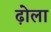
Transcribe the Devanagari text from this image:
ढ़ोला